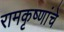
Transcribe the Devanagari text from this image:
रामकृष्णांचे